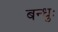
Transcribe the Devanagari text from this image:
बन्धुः